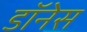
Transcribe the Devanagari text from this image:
डॉनेस